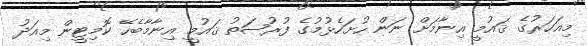
މިއަހަރުގެ ޤައުމީ އިނާމަށް ނަން ހުށަހެޅުމުގެ ފުރުޞަތު ޤައުމީ އިނާމާބެހޭ ކޮމިޓީން މިއަދު